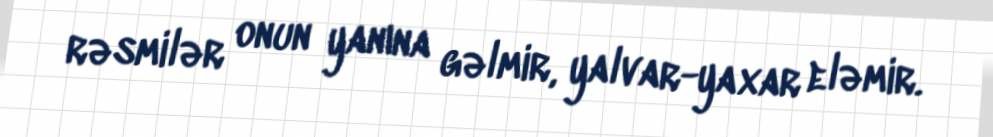
rəsmilər onun yanına gəlmir, yalvar-yaxar eləmir.